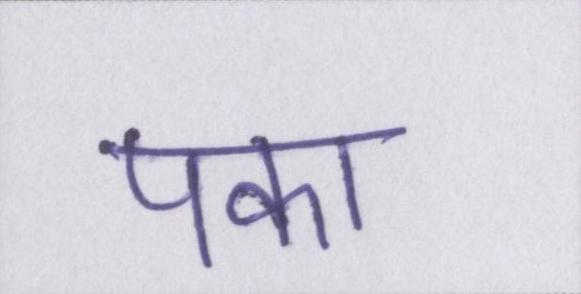
पका